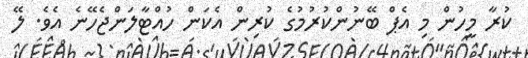
ކުރާ މީހުން މި އެޕް ބޭނުންކުރުމުގެ ކުރިން އެކަން ހުއްޓާލަންޖެހޭނެ އެވެ. ލޭ